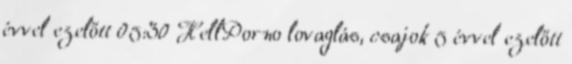
évvel ezelőtt 05:30 HellPorno lovaglás, csajok 5 évvel ezelőtt